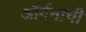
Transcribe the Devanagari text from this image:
ऑर्गनाची